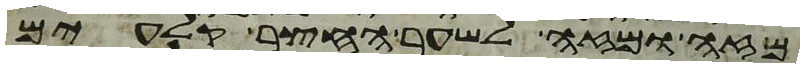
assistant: מזה ומזה לשער החצר קלעים